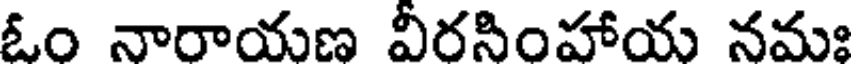
ఓం నారాయణ వీరసింహాయ నమః